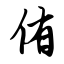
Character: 侑